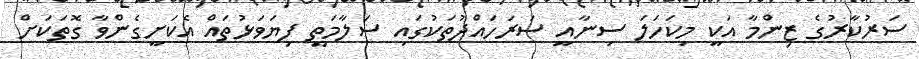
ސަރުކާރުގެ ޒިންމާ އަކީ މިކަހަލަ ސިނާއީ ސަރަހައްދުތަކުގައި ސަލާމަތީ ފިޔަވަޅުތައް އެކަށީގެންވާ ގޮތަކަށް